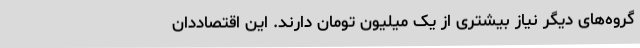
گروه‌های دیگر نیاز بیشتری از یک میلیون تومان دارند. این اقتصاددان